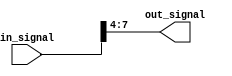
module part_select_assign(
    input [7:0] in_signal,
    output reg [3:0] out_signal
);

initial begin
    // Assign the MSB 4 bits of in_signal to out_signal
    out_signal = in_signal[7:4];
end

endmodule